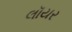
લૉયર